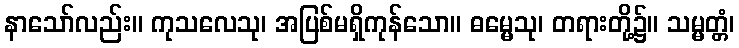
နာသော်လည်း။ ကုသလေသု၊ အပြစ်မရှိကုန်သော။ ဓမ္မေသု၊ တရားတို့၌။ သမ္မတ္တံ၊